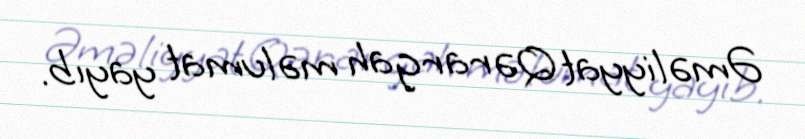
Əməliyyat Qərargah məlumat yayıb.